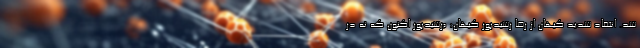
شد. انتقاد شدید کیهان از رضا رشیدپور کیهان: «رشیدپور اکنون که نه در